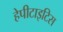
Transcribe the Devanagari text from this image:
हेपीटाइटिस